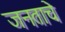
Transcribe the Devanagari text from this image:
जनताचे